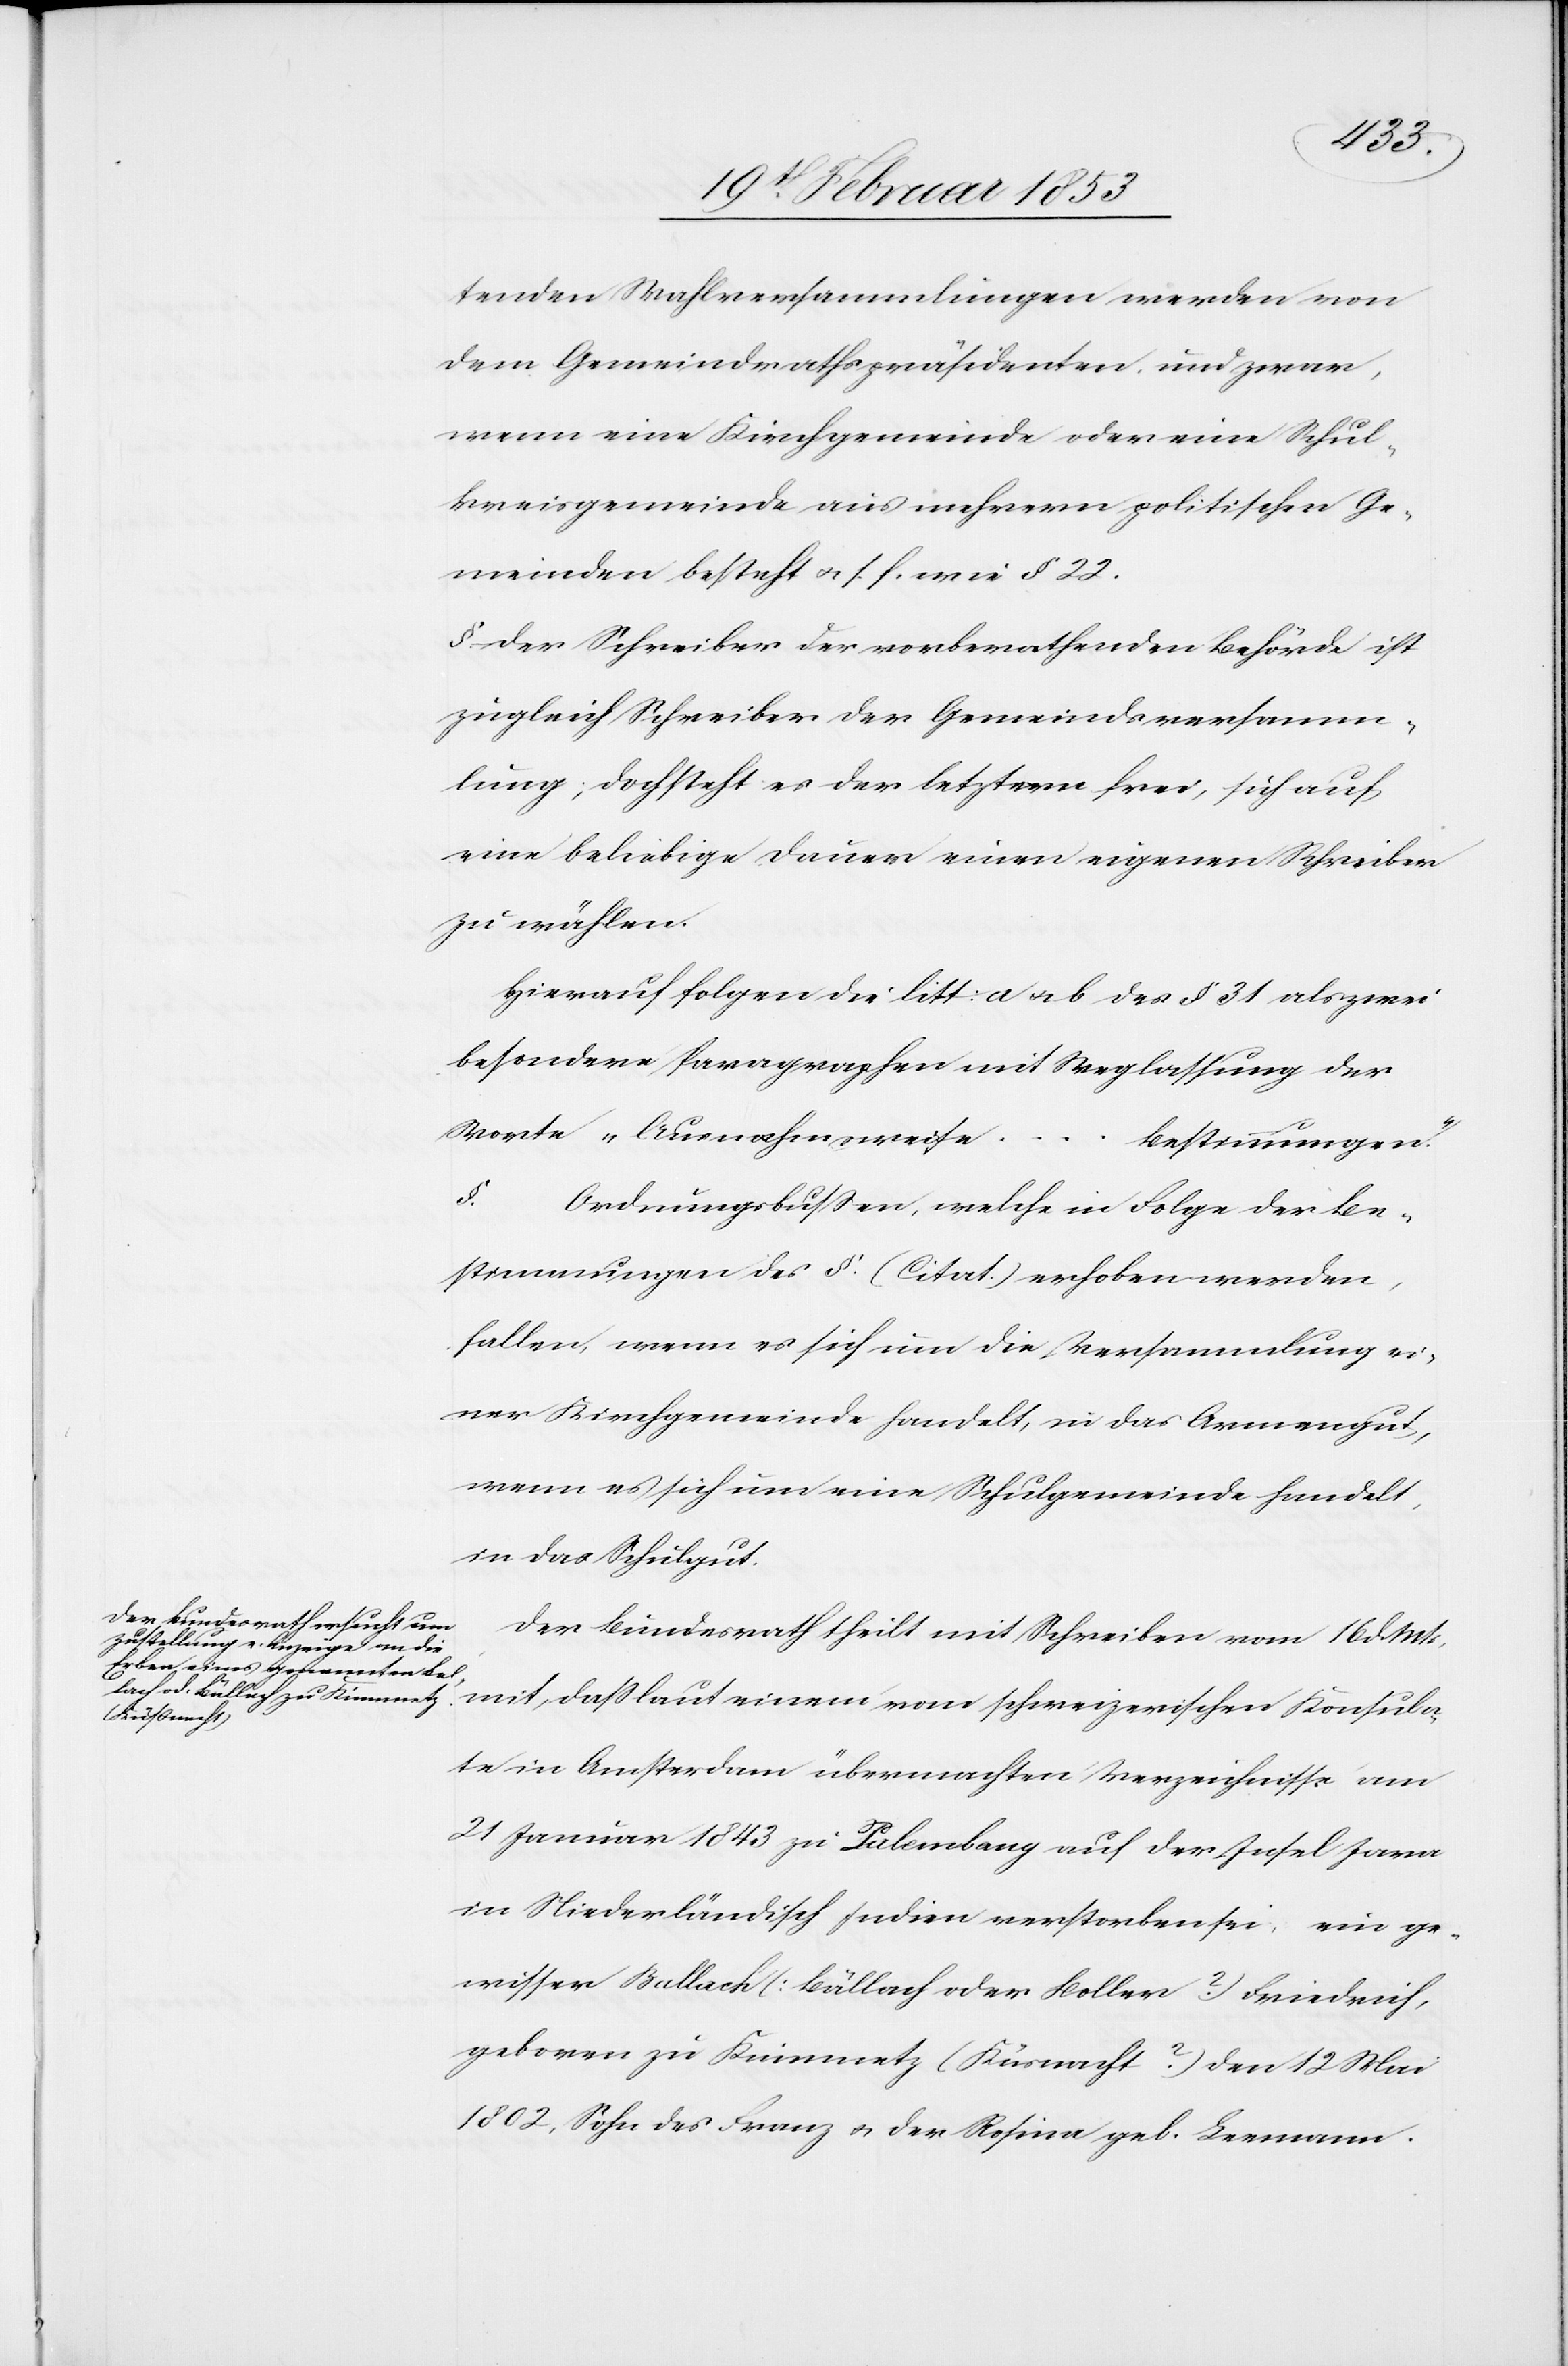
tenden Wahlversammlungen werden von
dem Gemeindrathspräsidenten und zwar,
wenn eine Kirchgemeinde oder eine Schul¬
kreisgemeinde aus mehrern politischen Ge¬
meinden besteht u. s. f. wie § 22.
§ der Schreiben der vorberathenden Behörde ist
zugleich Schreiben der Gemeindsversamm¬
lung; doch steht es der letztern frei, sich auf
eine beliebige Dauer einen eigenen Schreiber
zu wählen.
Hierauf folgen die litt: a u. b des § 31 als zwei
besondere Paragraphen mit Weglassung der
Worte „Ausnahmsweise…B¬
estimmungen.“
§. Ordnungsbußen, welche in Folge der Be¬
stimmungen des §. (Citat.) erhoben werden,
fallen, wenn es sich um die Versammlung ei¬
ner Kirchgemeinde handelt, in das Armengut,
wenn es sich um eine Schulgemeinde handelt,
in das Schulgut.
Der Bundesrath theilt mit Schreiben vom 16 d. Mts.
mit, daß laut einem vom schweizerischen Konsula¬
te in Amsterdam übermachten Verzeichnisse am
21 Januar 1843 zu Palembany auf der Insel Java
in Niederländisch Indien verstorben sei, ein ge¬
wisser Ballach (Bällach oder Koller?) Friedrich,
geboren zu Kinmnetz (Küsnacht?) [sic!] den 12 Mai
1802, Sohn des Franz u. der Rosina geb. Leemann